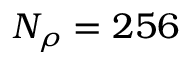
N _ { \rho } = 2 5 6